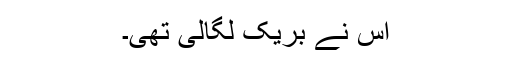
اس نے بریک لگالی تھی۔